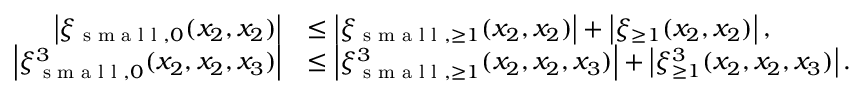
\begin{array} { r l } { \left\vert \xi _ { \textnormal { s m a l l } , 0 } ( x _ { 2 } , x _ { 2 } ) \right\vert } & { \leq \left\vert \xi _ { \textnormal { s m a l l } , \geq 1 } ( x _ { 2 } , x _ { 2 } ) \right\vert + \left\vert \xi _ { \geq 1 } ( x _ { 2 } , x _ { 2 } ) \right\vert , } \\ { \left\vert \xi _ { \textnormal { s m a l l } , 0 } ^ { 3 } ( x _ { 2 } , x _ { 2 } , x _ { 3 } ) \right\vert } & { \leq \left\vert \xi _ { \textnormal { s m a l l } , \geq 1 } ^ { 3 } ( x _ { 2 } , x _ { 2 } , x _ { 3 } ) \right\vert + \left\vert \xi _ { \geq 1 } ^ { 3 } ( x _ { 2 } , x _ { 2 } , x _ { 3 } ) \right\vert . } \end{array}